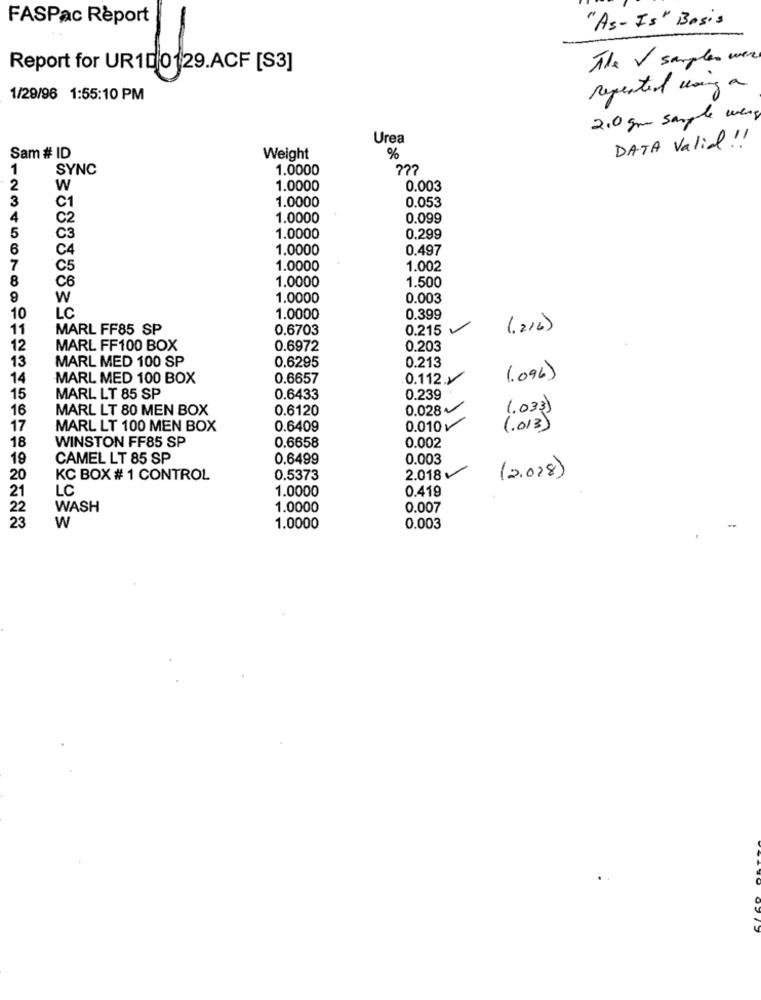
FASPac Report
"As- Is" Basis
The V samples were
Report for UR10 0129.ACF [S3]
repeated using a
1/29/96 1:55:10 PM
2.0 gm sample wens
Urea
DATA Valid !!
Sam # ID
Weight
%
1
SYNC
1.0000
2
W
1.0000
0.003
3
1.0000
C1
0.053
4
C2
1.0000
0.099
5
C3
1.0000
0.299
6
C4
1.0000
0.497
7
C5
1.0000
1.002
8
1.0000
1.500
C6
9
W
1.0000
0.003
10
LC
1.0000
0.399
11
MARL FF85 SP
0.6703
0.215
(.216)
12
MARL FF100 BOX
0.6972
0.203
13
MARL MED 100 SP
0.6295
0.213
14
MARL MED 100 BOX
0.6657
0.112.
(.096)
15
MARL LT 85 SP
0.6433
0.239
16
MARL LT 80 MEN BOX
0.6120
0.028
(.033)
17
MARL LT 100 MEN BOX
0.6409
0.010 v
(.013)
WINSTON FF85 SP
18
0.6658
0.002
19
CAMEL LT 85 SP
0.6499
0.003
(2.028)
20
KC BOX # 1 CONTROL
0.5373
2.018
21
LC
1.0000
0.419
22
WASH
1.0000
0.007
23
W
1.0000
0.003